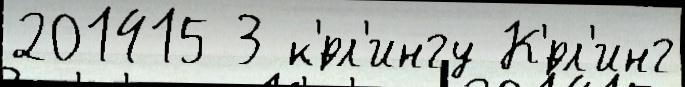
201415 3 к'́рл'ингу К'́рл'инг